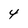
Character: 4